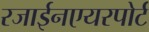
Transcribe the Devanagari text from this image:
रजाईनएयरपोर्ट